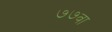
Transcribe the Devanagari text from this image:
७७वा